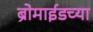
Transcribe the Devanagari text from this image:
ब्रोमाईडच्या